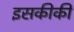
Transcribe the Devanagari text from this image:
इसकीकी